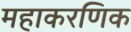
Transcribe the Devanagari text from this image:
महाकरणिक